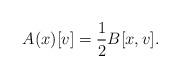
LaTeX: \begin{align*} A (x)[v] = \frac{1}{2} B[x, v].\end{align*}